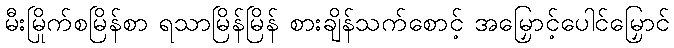
မီးမြိုက်စမြိန်စာ ရသာမြိန်မြိန် စားချိန်သက်စောင့် အမြှောင့်ပေါင်မြှောင်